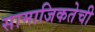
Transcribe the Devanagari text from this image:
सामाजिकतेची